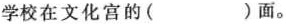
学校在文化宫的( )面。